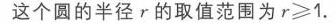
.